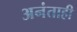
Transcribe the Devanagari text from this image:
अनंताही